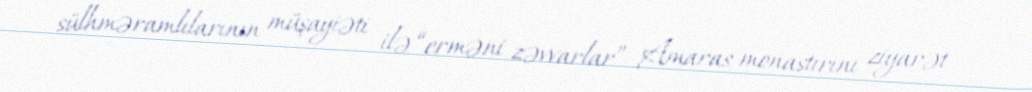
sülhməramlılarının müşayiəti ilə “erməni zəvvarlar” Amaras monastırını ziyarət